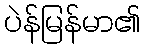
ပဲန်မြန်မာ၏